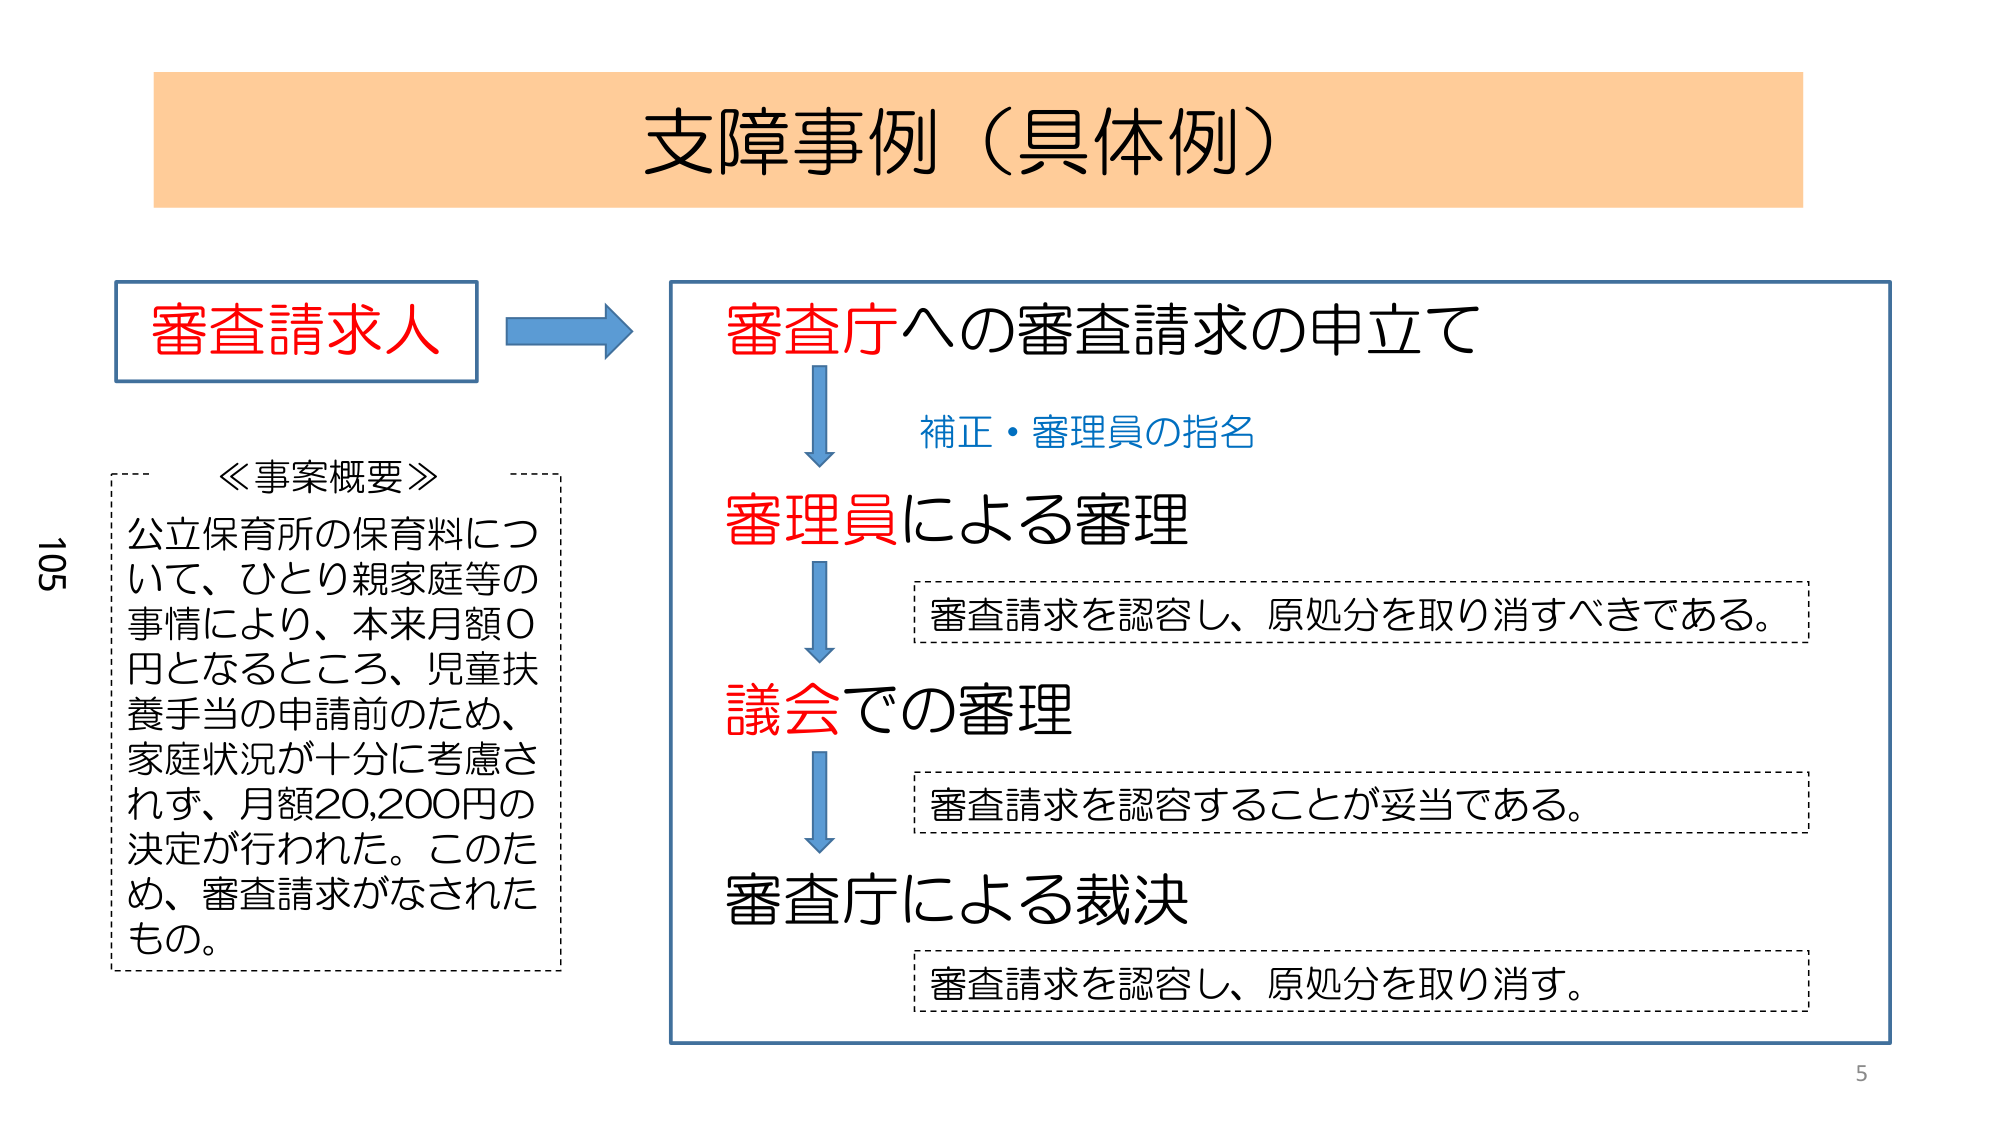
支障事例（具体例）

審査請求人

≪事案概要≫
公立保育所の保育料について、ひとり親家庭等の事情により、本来月額0円となるところ、児童扶養手当の申請前のため、家庭状況が十分に考慮されず、月額20,200円の決定が行われた。このため、審査請求がなされたもの。

審査庁への審査請求の申立て
補正・審理員の指名
審理員による審理
審査請求を認容し、原処分を取り消すべきである。
議会での審理
審査請求を認容することが妥当である。
審査庁による裁決
審査請求を認容し、原処分を取り消す。

105
5